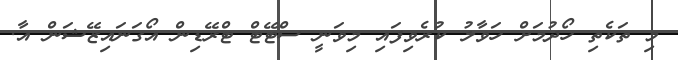
މި ތަކެތި ހޯދުމަށް ހަވާލު ކުރެވިފައި މިވަނީ ސްޓޭޓް ޓްރޭޑިން އޯގަނައިޒޭޝަން އާ.